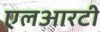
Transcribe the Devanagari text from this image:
एलआरटी